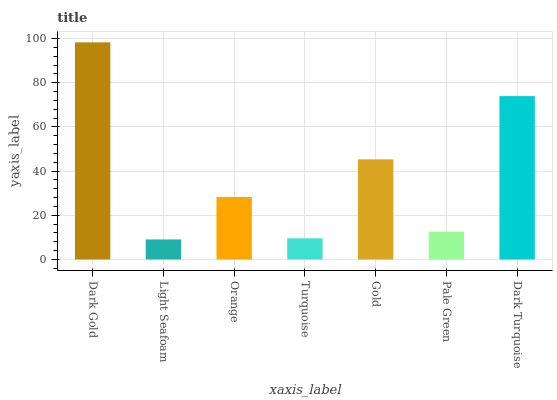
| xaxis_label | bars |
 | --- | --- |
 | Dark Gold | 98.3 |
 | Light Seafoam | 9.06 |
 | Orange | 28.3 |
 | Turquoise | 9.56 |
 | Gold | 45.3 |
 | Pale Green | 12.6 |
 | Dark Turquoise | 74 |